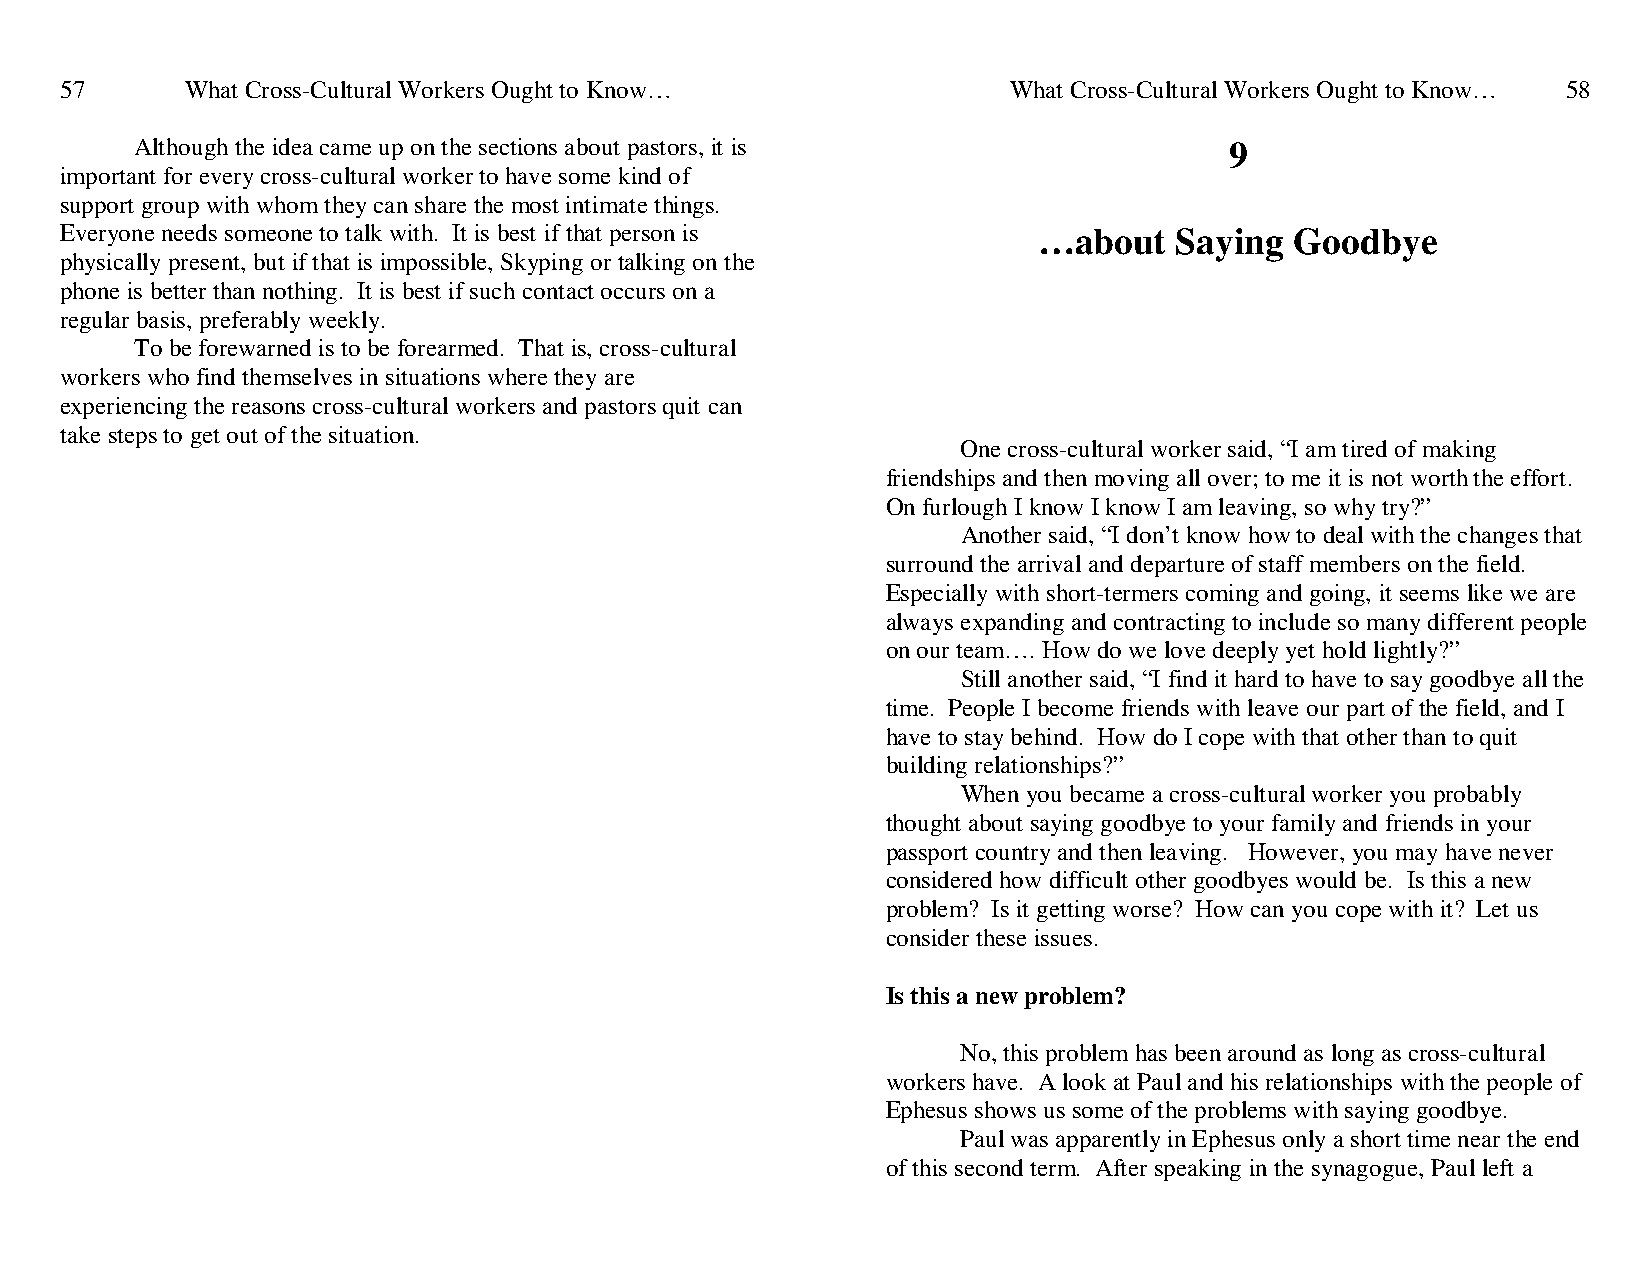
57      What Cross-Cultural Workers Ought to Know…             What Cross-Cultural Workers Ought to Know… 58
 Although the idea came up on the sections about pastors, it is          9
 important for every cross-cultural worker to have some kind of
 support group with whom they can share the most intimate things.
 Everyone needs someone to talk with. It is best if that person is …about  Saying  Goodbye
 physically present, but if that is impossible, Skyping or talking on the
 phone is better than nothing. It is best if such contact occurs on a
 regular basis, preferably weekly.
 To be forewarned is to be forearmed. That is, cross-cultural
 workers who find themselves in situations where they are
 experiencing the reasons cross-cultural workers and pastors quit can
 take steps to get out of the situation.
 One cross-cultural worker said, “I am tired of making
 friendships and then moving all over; to me it is not worth the effort.
 On furlough I know I know I am leaving, so why try?”
 Another said, “I don’t know how to deal with the changes that
 surround the arrival and departure of staff members on the field.
 Especially with short-termers coming and going, it seems like we are
 always expanding and contracting to include so many different people
 on our team…. How do we love deeply yet hold lightly?”
 Still another said, “I find it hard to have to say goodbye all the
 time. People I become friends with leave our part of the field, and I
 have to stay behind. How do I cope with that other than to quit
 building relationships?”
 When you became a cross-cultural worker you probably
 thought about saying goodbye to your family and friends in your
 passport country and then leaving. However, you may have never
 considered how difficult other goodbyes would be. Is this a new
 problem? Is it getting worse? How can you cope with it? Let us
 consider these issues.
 Is this a new problem?
 No, this problem has been around as long as cross-cultural
 workers have. A look at Paul and his relationships with the people of
 Ephesus shows us some of the problems with saying goodbye.
 Paul was apparently in Ephesus only a short time near the end
 of this second term. After speaking in the synagogue, Paul left a